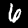
Digit: 6